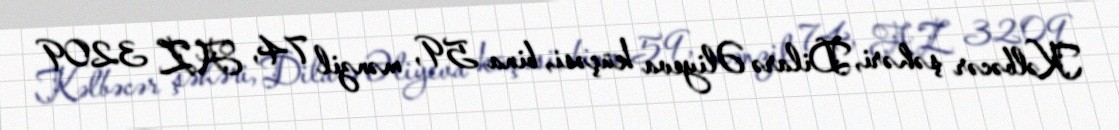
Kəlbəcər şəhəri, Dilarə Əliyeva küçəsi, bina 59, mənzil 74, AZ 3209